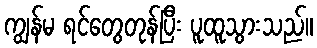
ကျွန်မ ရင်တွေတုန်ပြီး ပူထူသွားသည်။